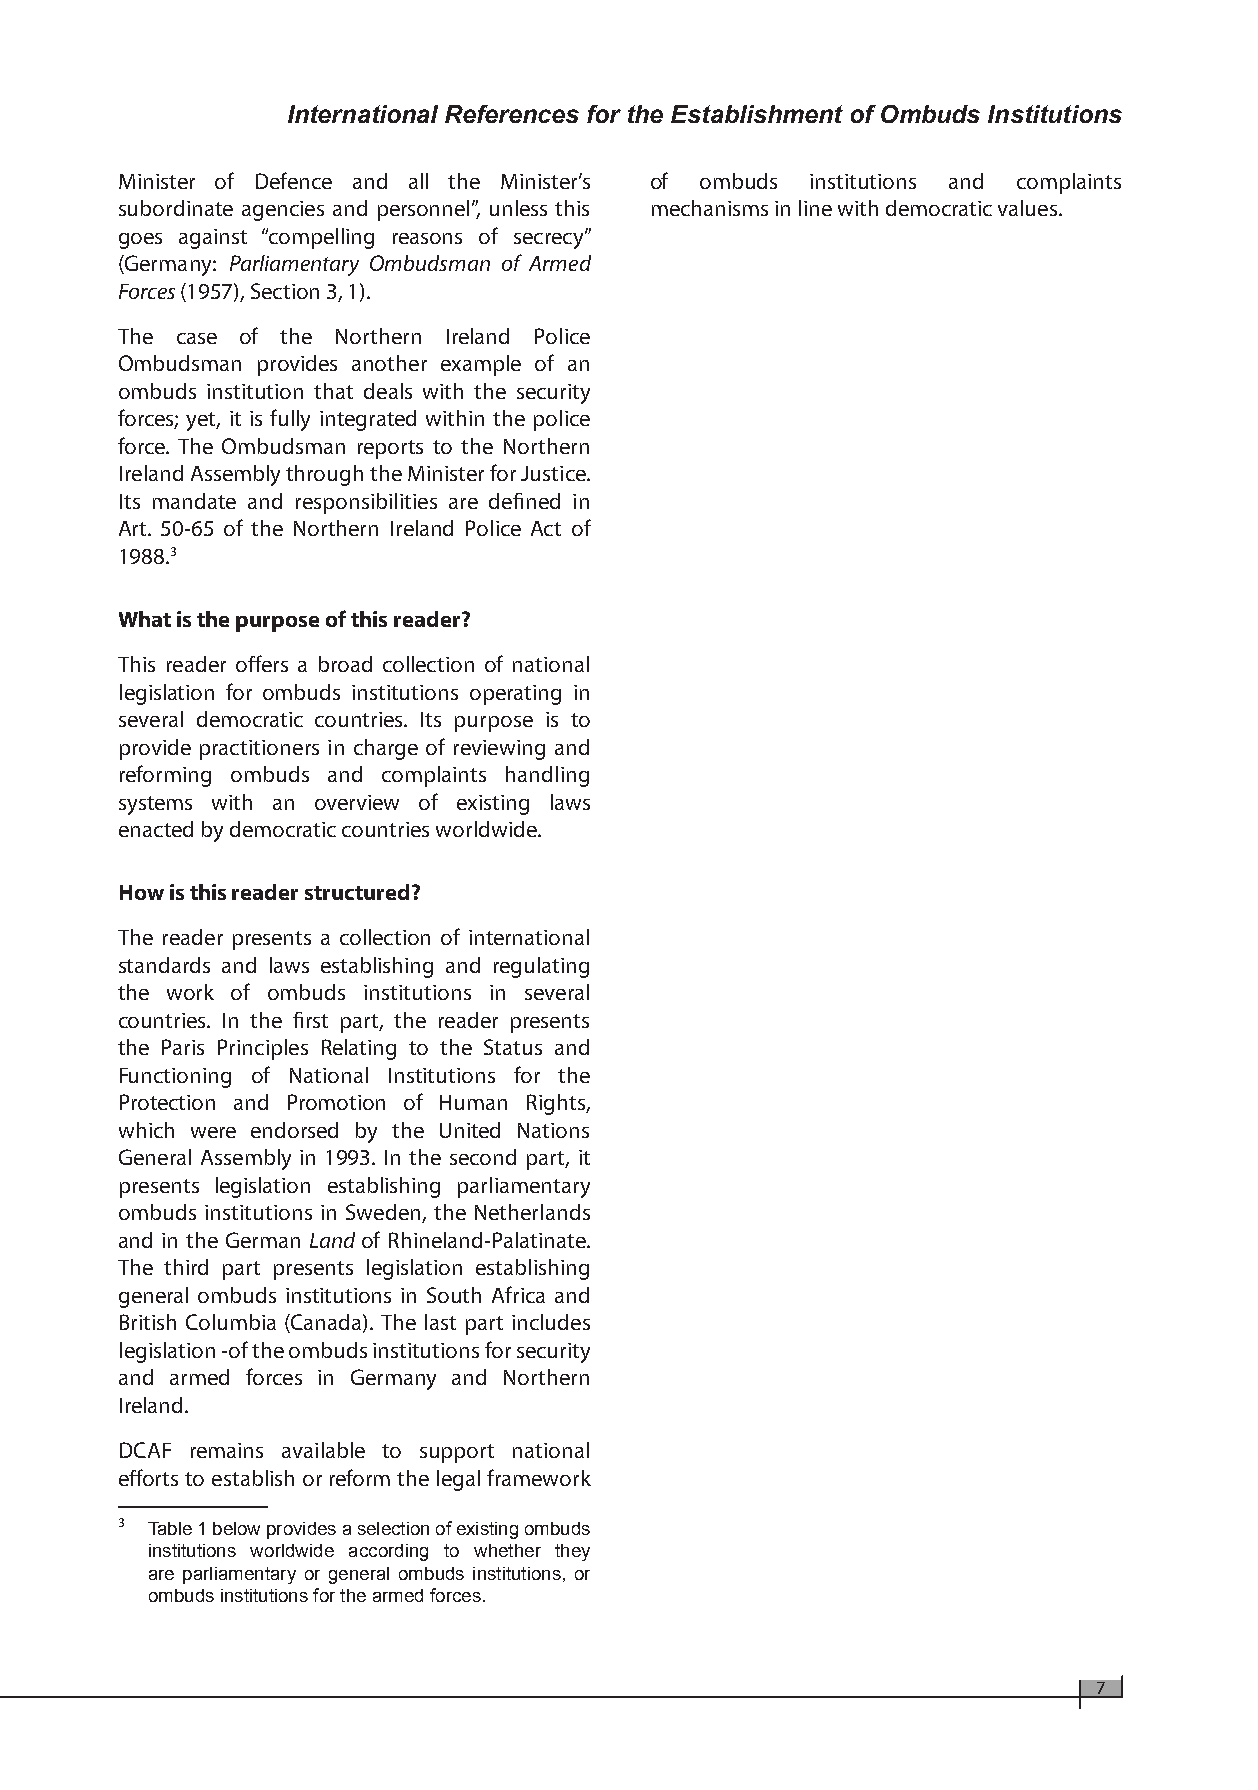
International References for the Establishment of Ombuds Institutions
 Minister of Defence and all the Minister’s of ombuds institutions and complaints
 subordinate agencies and personnel”, unless this mechanisms in line with democratic values.
 goes against “compelling reasons of secrecy”
 (Germany: Parliamentary Ombudsman of Armed
 Forces (1957), Section 3, 1).
 The case of the Northern Ireland Police
 Ombudsman provides another example of an
 ombuds institution that deals with the security
 forces; yet, it is fully integrated within the police
 force. The Ombudsman reports to the Northern
 Ireland Assembly through the Minister for Justice.
 Its mandate and responsibilities are defined in
 Art. 50-65 of the Northern Ireland Police Act of
 1988.3
 What is the purpose of this reader?
 This reader offers a broad collection of national
 legislation for ombuds institutions operating in
 several democratic countries. Its purpose is to
 provide practitioners in charge of reviewing and
 reforming ombuds and complaints handling
 systems with an overview of existing laws
 enacted by democratic countries worldwide.
 How is this reader structured?
 The reader presents a collection of international
 standards and laws establishing and regulating
 the work of ombuds institutions in several
 countries. In the first part, the reader presents
 the Paris Principles Relating to the Status and
 Functioning of National Institutions for the
 Protection and Promotion of Human Rights,
 which were endorsed by the United Nations
 General Assembly in 1993. In the second part, it
 presents legislation establishing parliamentary
 ombuds institutions in Sweden, the Netherlands
 and in the German Land of Rhineland-Palatinate.
 The third part presents legislation establishing
 general ombuds institutions in South Africa and
 British Columbia (Canada). The last part includes
 legislation -of the ombuds institutions for security
 and armed forces in Germany and Northern
 Ireland.
 DCAF remains available to support national
 efforts to establish or reform the legal framework
 3 Table 1 below provides a selection of existing ombuds
 institutions worldwide according to whether they
 are parliamentary or general ombuds institutions, or
 ombuds institutions for the armed forces.
 7